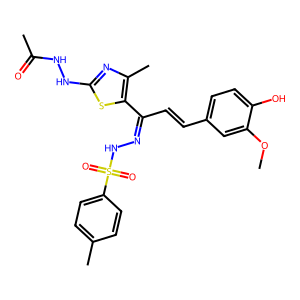
SMILES: COc1cc(C=CC(=NNS(=O)(=O)c2ccc(C)cc2)c2sc(NNC(C)=O)nc2C)ccc1O
Inhibits HIV replication: No